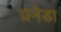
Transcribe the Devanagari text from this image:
ग्रनेडा